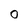
Character: O